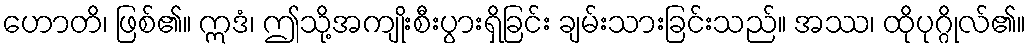
ဟောတိ၊ ဖြစ်၏။ ဣဒံ၊ ဤသို့အကျိုးစီးပွားရှိခြင်း ချမ်းသားခြင်းသည်။ အဿ၊ ထိုပုဂ္ဂိုလ်၏။